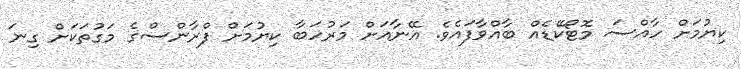
ކިޔުމަށް ހާއްސަ މޮޓޯކޭޑެއް ބާއްވާފައެވެ. އޭނާއަށް މަރުހަބާ ކިޔުމަށް ފްރާންސްގެ މަގުތަކަށް ގިނަ